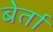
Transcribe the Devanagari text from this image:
बेर्ता